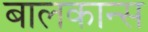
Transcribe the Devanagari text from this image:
बालकान्स